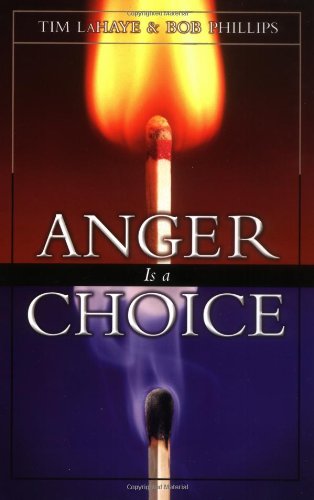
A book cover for Anger Is a Choice; Dr. Tim LaHaye; Self-Help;